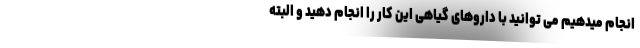
انجام میدهیم می توانید با داروهای گیاهی این کار را انجام دهید و البته